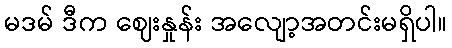
မဒမ် ဒီက ဈေးနှုန်း အလျော့အတင်းမရှိပါ။